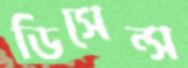
ডিসেন্স